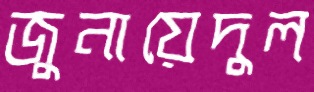
জুনায়েদুল